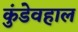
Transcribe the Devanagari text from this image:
कुंडेवहाल